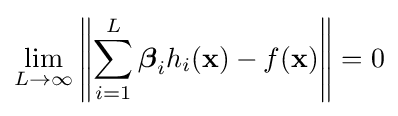
\lim _{L\rightarrow \infty }\left\|\sum _{i=1}^{L}{\boldsymbol {\beta }}_{i}h_{i}({\bf {x}})-f({\bf {x}})\right\|=0